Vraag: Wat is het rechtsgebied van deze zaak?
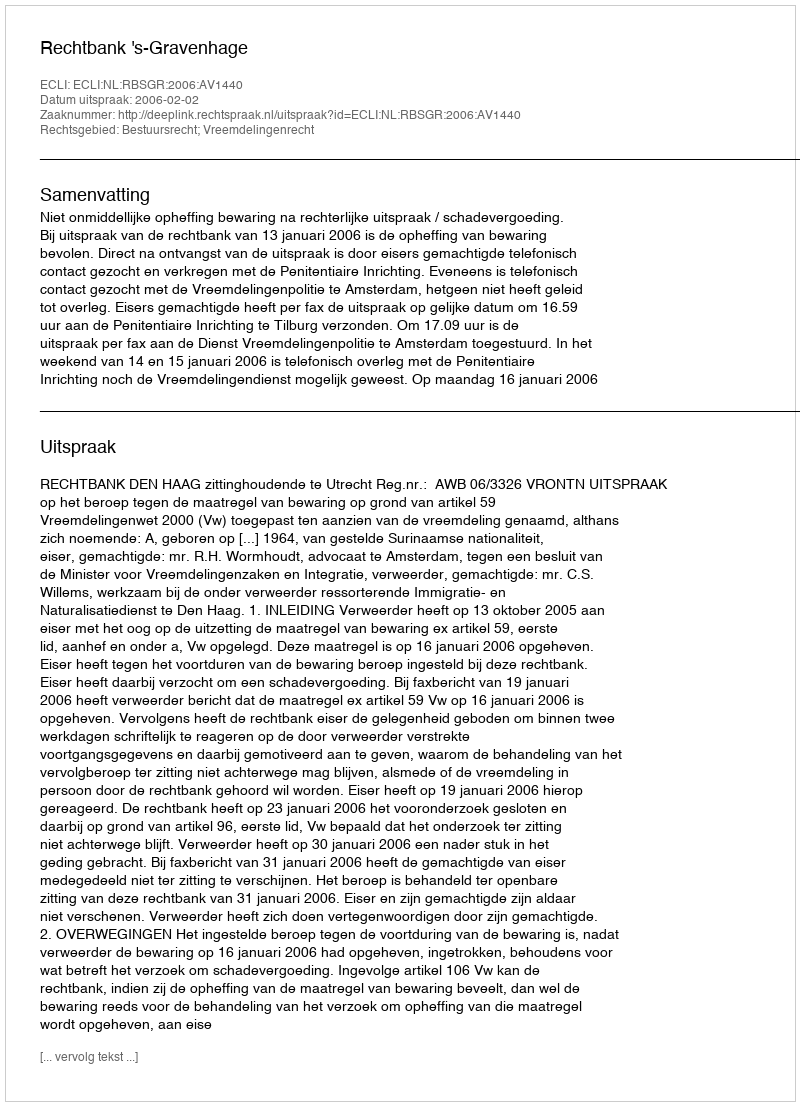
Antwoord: Bestuursrecht; Vreemdelingenrecht